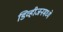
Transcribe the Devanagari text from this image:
डिव्हीजनमध्ये